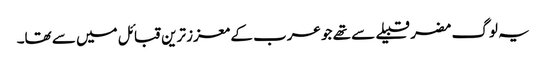
یہ لوگ مضر قبیلے سے تھے جو عرب کے معزز ترین قبائل میں سے تھا۔